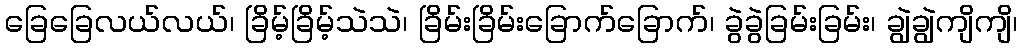
ခြေခြေလယ်လယ်၊ ခြိမ့်ခြိမ့်သဲသဲ၊ ခြိမ်းခြိမ်းခြောက်ခြောက်၊ ခွဲခွဲခြမ်းခြမ်း၊ ချွဲချွဲကျိကျိ၊